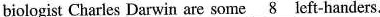
biologist Charles Darwin are some \underline{8} left-handers.